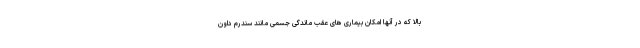
بالا که در آنها امکان بیماری های عقب ماندگی جسمی مانند سندرم داون